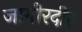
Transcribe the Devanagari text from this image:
जागीरदीर